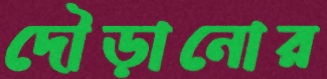
দৌড়ানোর